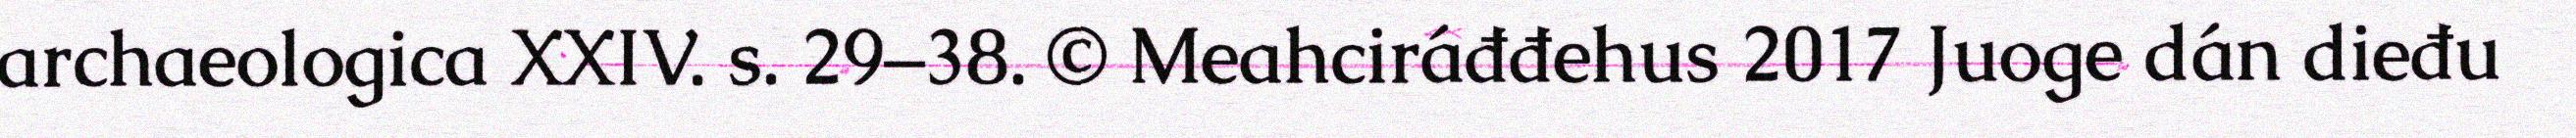
archaeologica XXIV. s. 29–38. © Meahciráđđehus 2017 Juoge dán dieđu